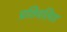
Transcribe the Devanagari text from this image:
प्रतिवलित